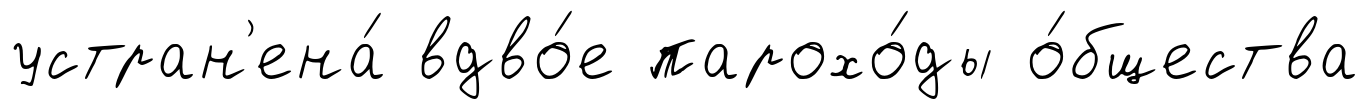
устран'ена́ вдво́е парохо́ды о́бщества